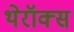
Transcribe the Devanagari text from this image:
थेरॉक्स